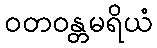
ဝတဝန္တမရိယံ